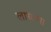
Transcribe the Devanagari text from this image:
लाधल्या